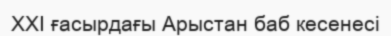
XXI ғасырдағы Арыстан баб кесенесі